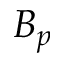
B _ { p }